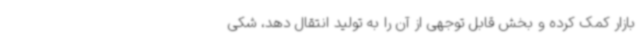
بازار کمک کرده و بخش قابل توجهی از آن را به تولید انتقال دهد، شکی